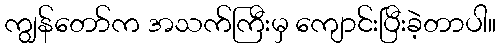
ကျွန်တော်က အသက်ကြီးမှ ကျောင်းပြီးခဲ့တာပါ။